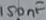
Text: 150nF